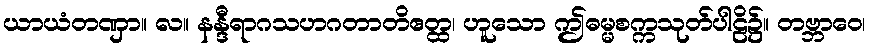
ယာယံတဏှာ။ လ။ နန္ဒီရာဂသဟဂတာတိဧတ္ထ၊ ဟူသော ဤဓမ္မစက္ကသုတ်ပါဠိ၌။ တဗ္ဘာဝေ၊